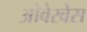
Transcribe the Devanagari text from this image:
ओबेरवेस